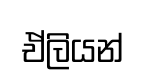
ඒලියන්